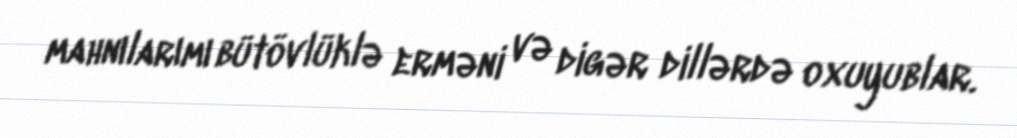
mahnılarımı bütövlüklə erməni və digər dillərdə oxuyublar.